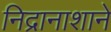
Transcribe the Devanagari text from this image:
निद्रानाशाने